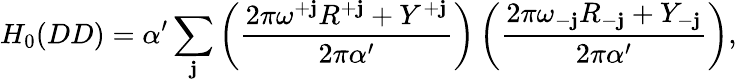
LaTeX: H_{0}(DD)=\alpha^{\prime}\sum_{\mathbf{j}}\left(\frac{{2\pi\omega^{+\mathbf{j}}R^{+\mathbf{j}}+Y^{+\mathbf{j}}}}{{2\pi\alpha^{\prime}}}\right)\left(\frac{{2\pi\omega_{-\mathbf{j}}R_{-\mathbf{j}}+Y_{-\mathbf{j}}}}{{2\pi\alpha^{\prime}}}\right),